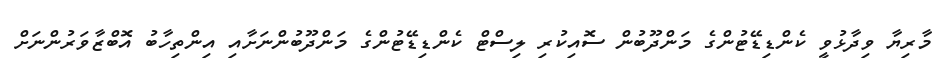
މާރިޔާ ވިދާޅުވީ ކެންޑިޑޭޓުންގެ މަންދޫބުން ސޮއިކުރި ލިސްޓް ކެންޑިޑޭޓުންގެ މަންދޫބުންނަށާއި އިންތިހާބު އޮބްޒާވަރުންނަށް